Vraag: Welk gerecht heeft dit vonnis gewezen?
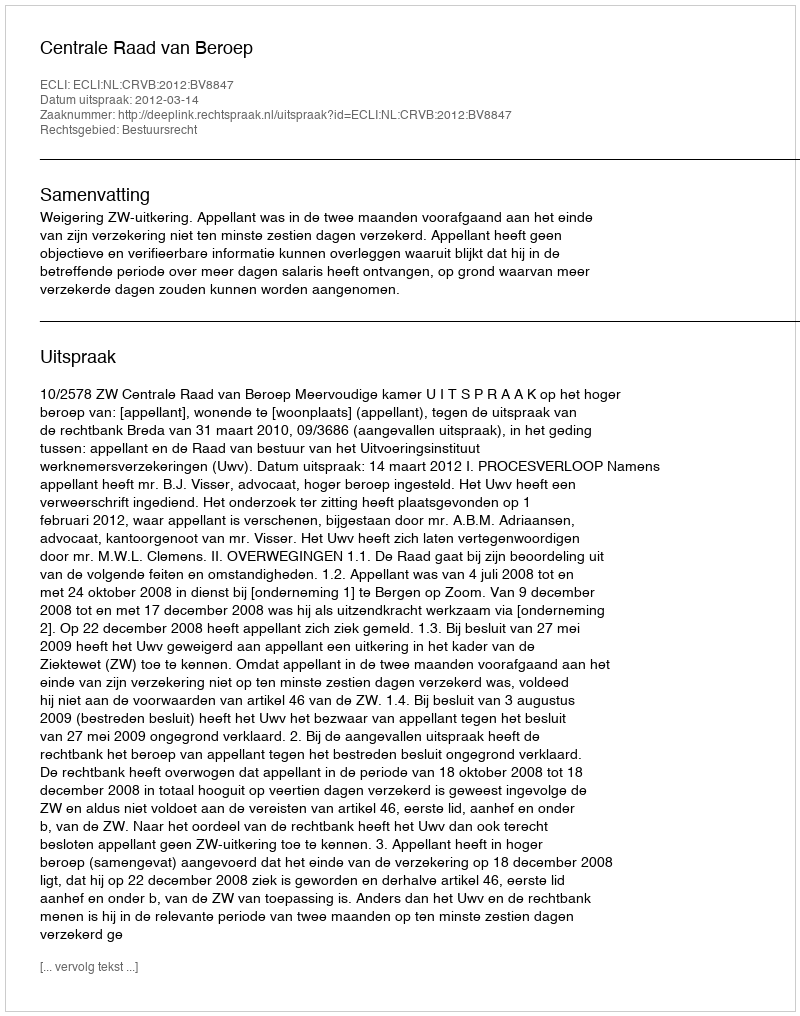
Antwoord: Centrale Raad van Beroep